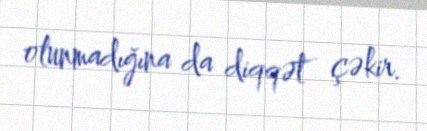
olunmadığına da diqqət çəkir.